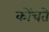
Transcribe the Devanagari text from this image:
कोंचते